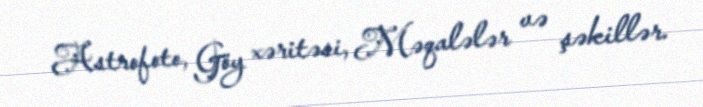
Astrofoto, Göy xəritəsi, Məqalələr və şəkillər.